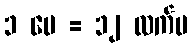
၁ ပေ = ၁၂ လက်မ